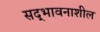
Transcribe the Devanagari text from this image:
सद्‌भावनाशील